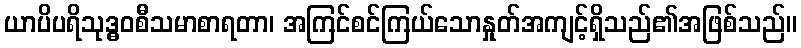
ယာပိပရိသုဒ္ဓဝစီသမာစာရတာ၊ အကြင်စင်ကြယ်သောနှုတ်အကျင့်ရှိသည်၏အဖြစ်သည်။